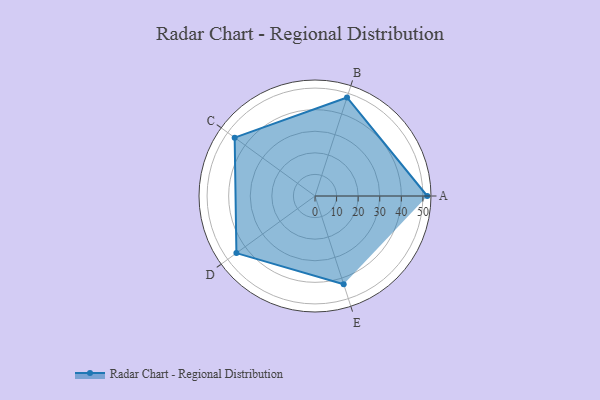
{"axis": {"x": "Skill", "y": "Score"}, "legend": ["Profile"], "data": [{"x": "A", "y": 52.0, "type": "Profile"}, {"x": "B", "y": 48.0, "type": "Profile"}, {"x": "C", "y": 46.0, "type": "Profile"}, {"x": "D", "y": 45.0, "type": "Profile"}, {"x": "E", "y": 43.0, "type": "Profile"}]}